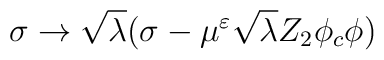
\sigma \rightarrow \sqrt{\lambda}( \sigma- \mu^\varepsilon \sqrt{\lambda}Z_2 \phi_c \phi )